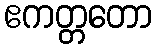
ဧကတ္တတော